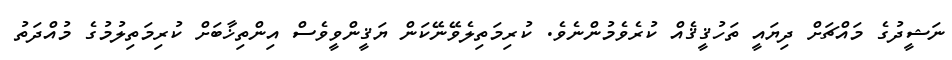
ނަޝީދުގެ މައްޗަށް ދިޔައީ ތަހުޤީޤެއް ކުރެވެމުންނެވެ. ކުރިމަތިލެވޭނޭކަން ޔަޤީންވީވެސް އިންތިޚާބަށް ކުރިމަތިލުމުގެ މުއްދަތު